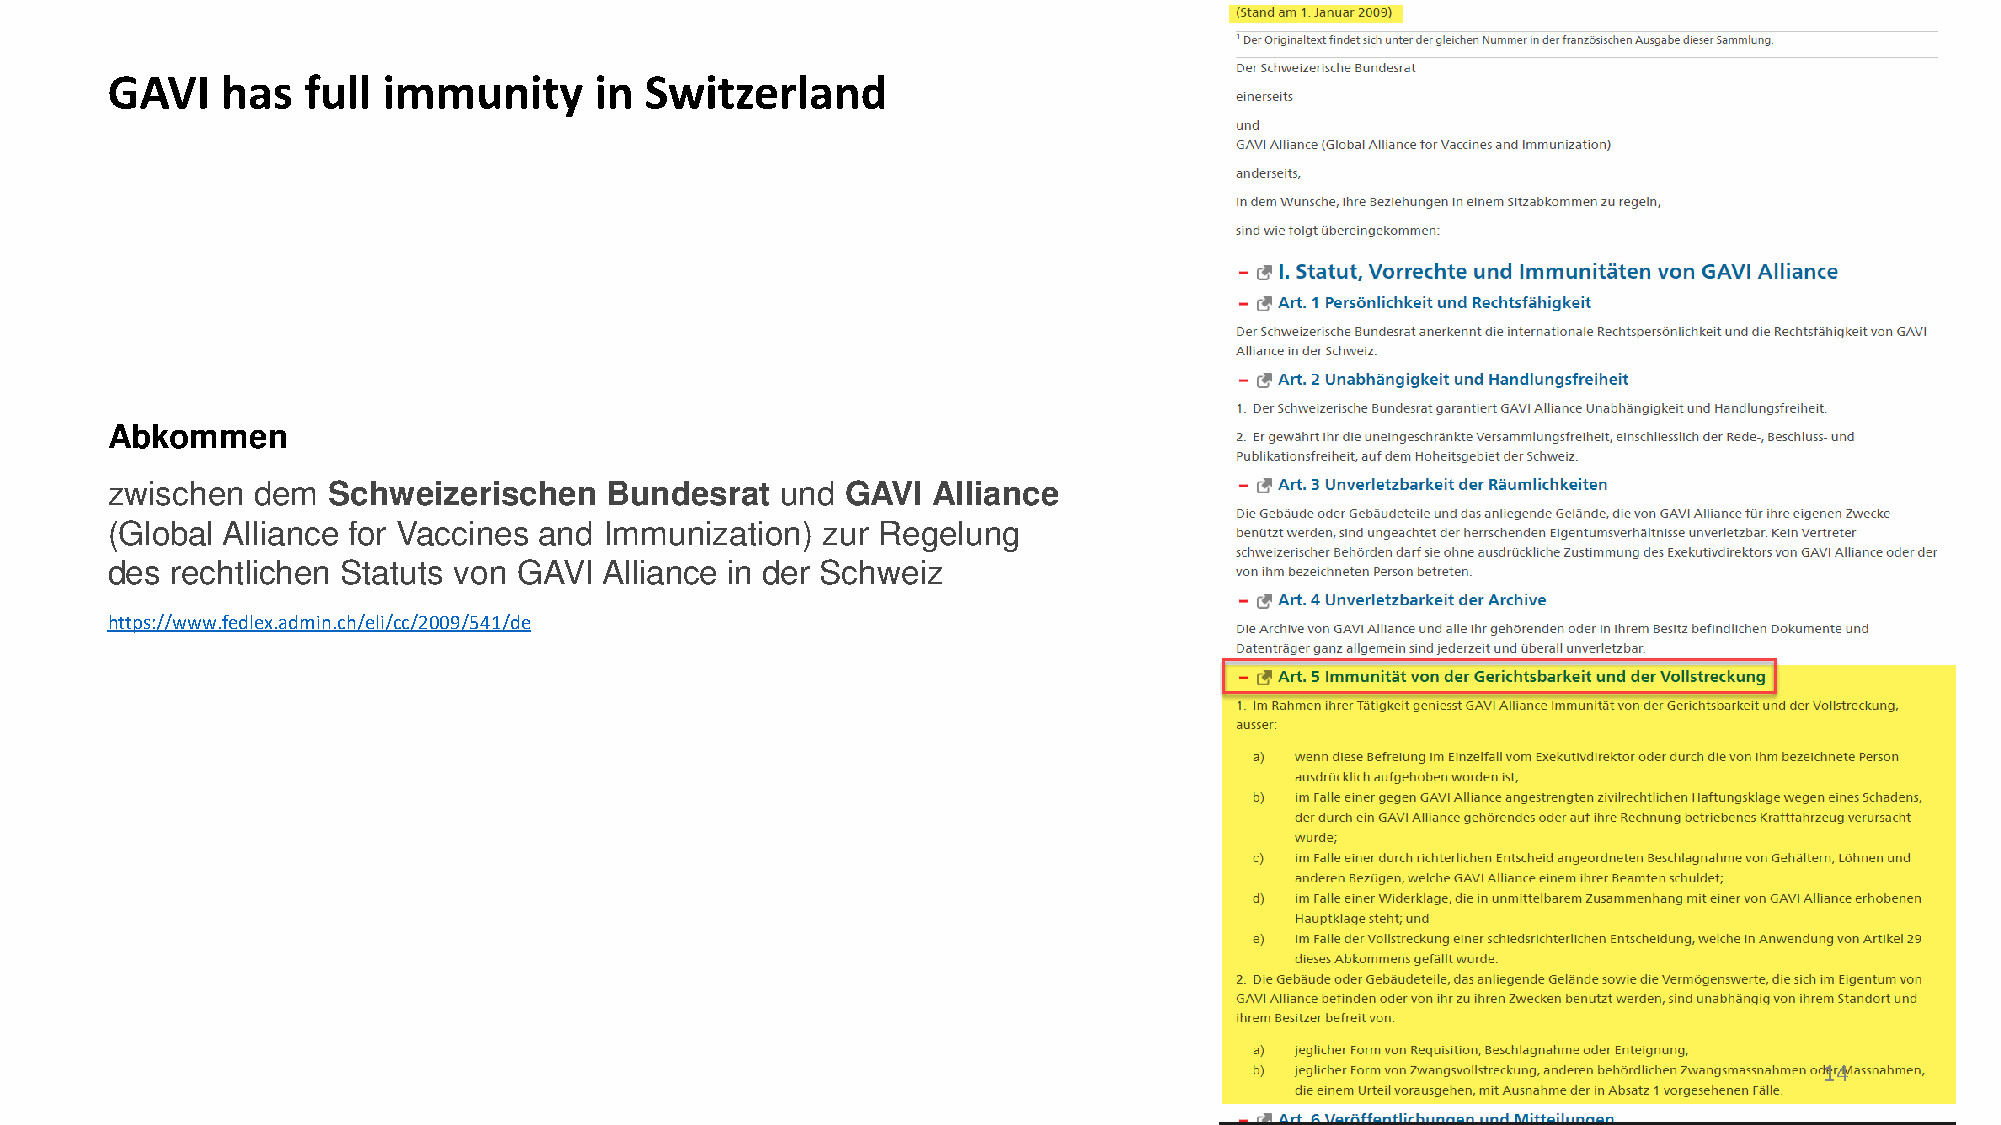
GAVI    has  full immunity      in  Switzerland
 Abkommen
 zwischen  dem  Schweizerischen   Bundesrat   und GAVI  Alliance
 (Global Alliance for Vaccines and Immunization) zur Regelung
 des rechtlichen Statuts von GAVI Alliance in der Schweiz
 https://www.fedlex.admin.ch/eli/cc/2009/541/de
 14